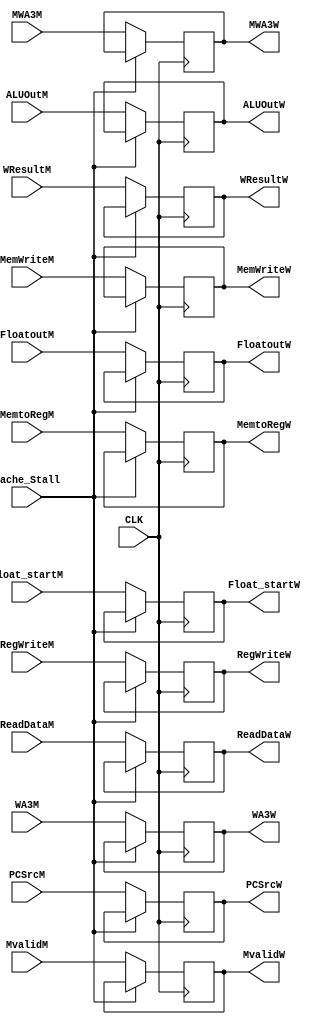
`timescale 1ns / 1ps
//////////////////////////////////////////////////////////////////////////////////
// Company: 
// Engineer: 
// 
// Design Name: 
// Module Name: State_register2
// Project Name: 
// Target Devices: 
// Tool Versions: 
// Description: 
// 
// Dependencies: 
// 
// Revision:
// Revision 0.01 - File Created
// Additional Comments:
// 
//////////////////////////////////////////////////////////////////////////////////


module State_register4(
    input CLK,
    input [31:0] ReadDataM,
    input [31:0] ALUOutM,
    input [3:0] WA3M,
    input PCSrcM,
    input RegWriteM,
    input MemtoRegM,
    input MvalidM,
    input [3:0] MWA3M,    
    input [31:0] WResultM,
    input Float_startM,
    input [31:0] FloatoutM,
    input Cache_Stall,
    input MemWriteM,

    output reg [31:0] ReadDataW,
    output reg [31:0] ALUOutW,
    output reg [3:0] WA3W,
    output reg  PCSrcW,
    output reg  RegWriteW,
    output reg  MemtoRegW,
    output reg MvalidW,
    output reg [3:0] MWA3W,
    output reg [31:0] WResultW,
    output reg Float_startW,
    output reg [31:0] FloatoutW,
    output reg MemWriteW                  
    );
always @(posedge CLK) begin
    if (!Cache_Stall)begin
    ReadDataW<=ReadDataM;
    ALUOutW<=ALUOutM;
    WA3W<=WA3M;
    PCSrcW<=PCSrcM;
    RegWriteW<=RegWriteM;
    MemtoRegW<=MemtoRegM;
    MvalidW<=MvalidM;
    MWA3W<=MWA3M;
    WResultW<=WResultM;
    Float_startW<=Float_startM;
    FloatoutW<=FloatoutM;
    MemWriteW<=MemWriteM;
    end
    else begin
    ReadDataW<=ReadDataW;
    ALUOutW<=ALUOutW;
    WA3W<=WA3W;
    PCSrcW<=PCSrcW;
    RegWriteW<=RegWriteW;
    MemtoRegW<=MemtoRegW;
    MvalidW<=MvalidW;
    MWA3W<=MWA3W;
    WResultW<=WResultW;
    Float_startW<=Float_startW;
    FloatoutW<=FloatoutW;    
    MemWriteW<=MemWriteW;
    end
    
end        
endmodule